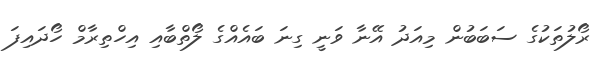
ރޯލުތަކުގެ ސަބަބުން މިއަދު އޭނާ ވަނީ ގިނަ ބައެއްގެ ލޯތްބާއި އިހްތިރާމް ހޯދައިފަ